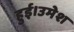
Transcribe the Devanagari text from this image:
हुई।उमेश